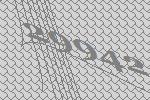
29942